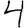
Digit: 4